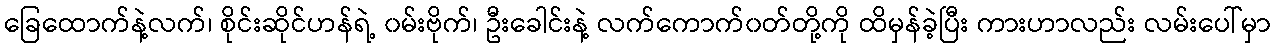
ခြေထောက်နဲ့လက်၊ စိုင်းဆိုင်ဟန်ရဲ့ ၀မ်းဗိုက်၊ ဦးခေါင်းနဲ့ လက်ကောက်၀တ်တို့ကို ထိမှန်ခဲ့ပြီး ကားဟာလည်း လမ်းပေါ်မှာ